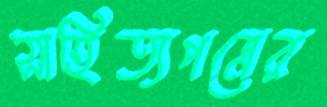
সাহিত্যপত্রের